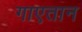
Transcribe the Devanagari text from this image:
गाएतान